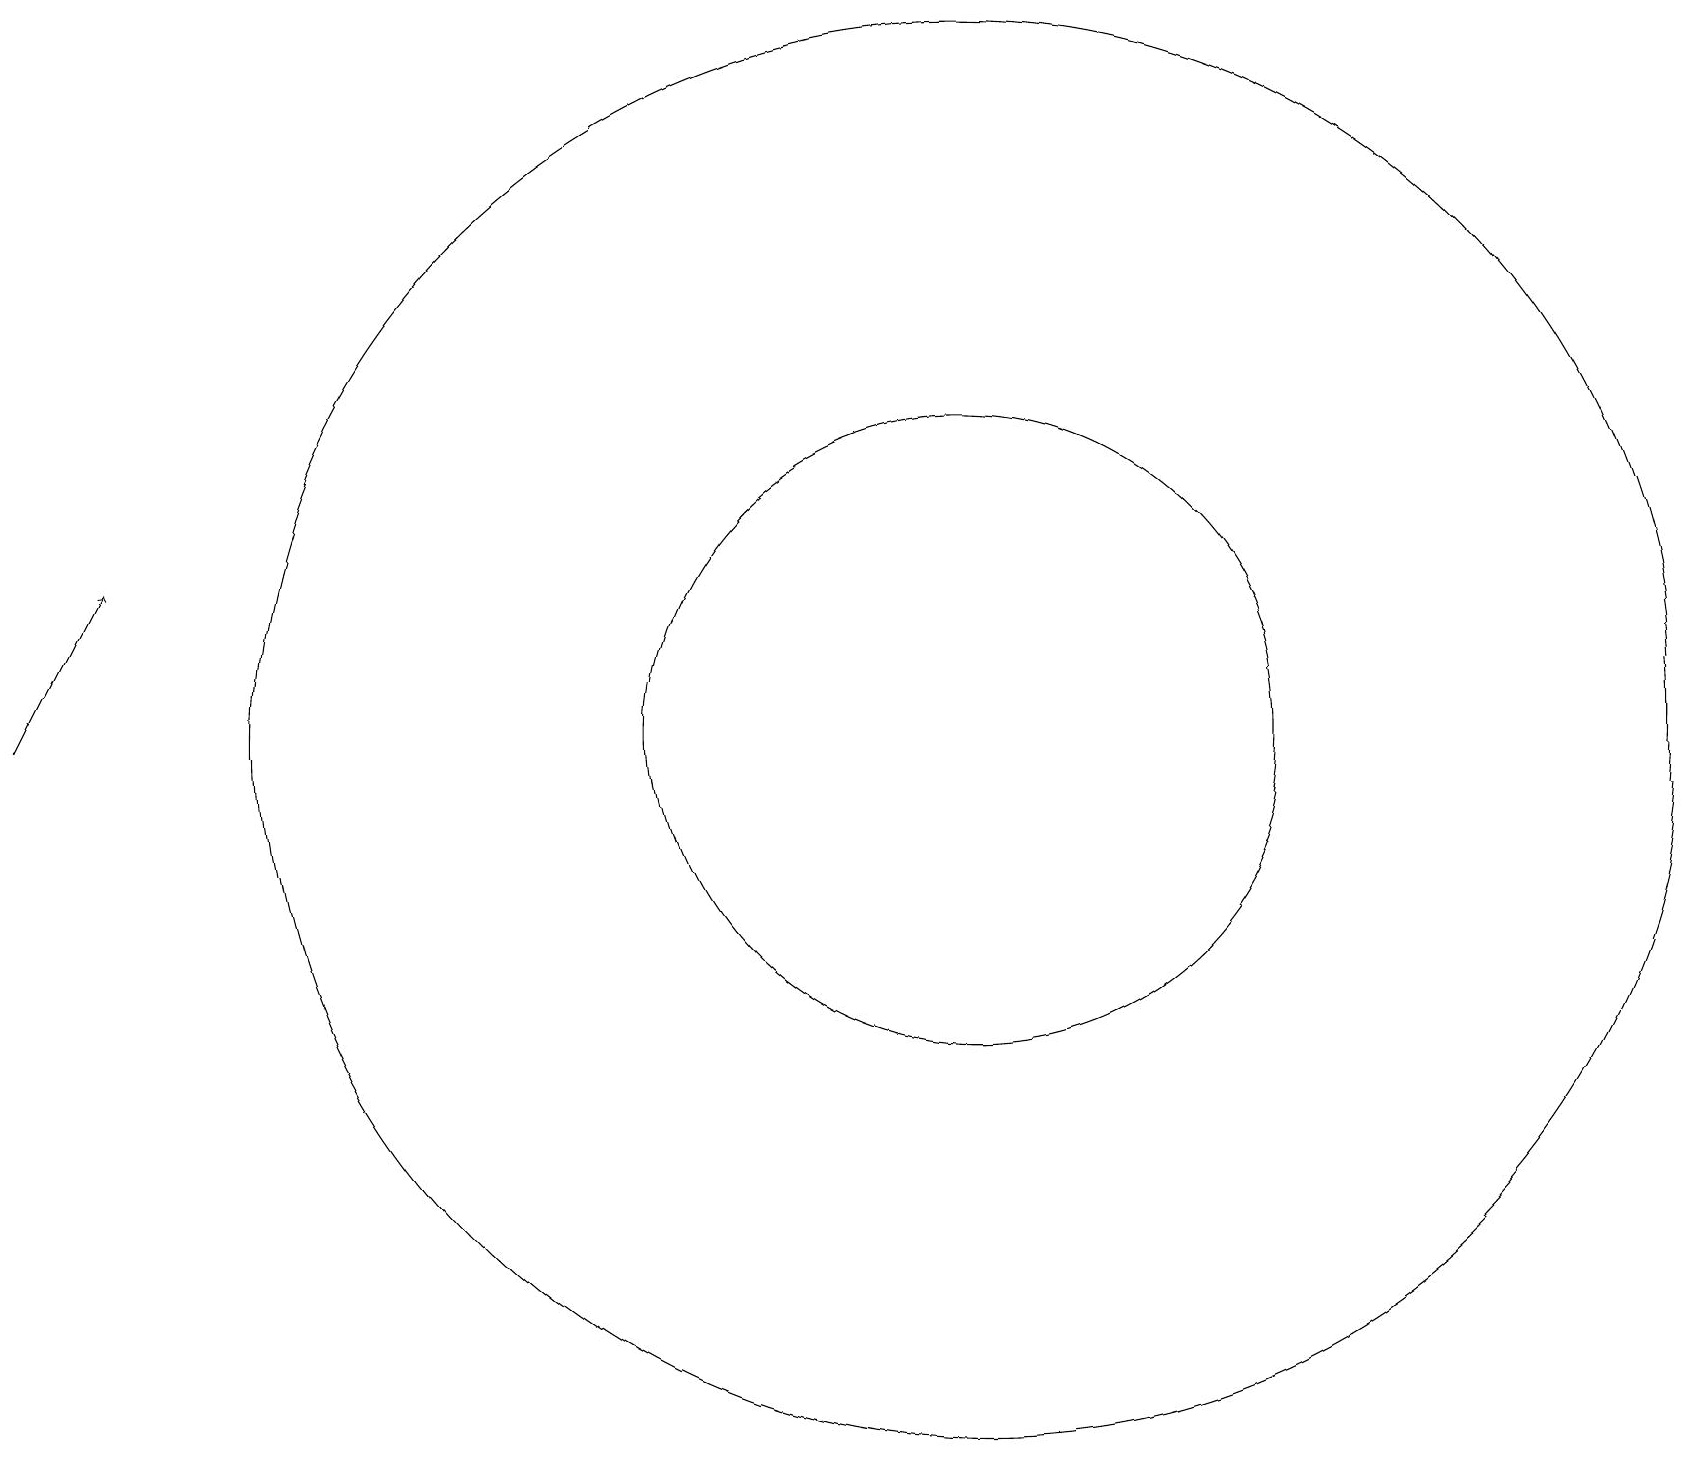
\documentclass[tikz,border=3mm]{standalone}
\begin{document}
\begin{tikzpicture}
\draw (12,12) circle (9);
\draw[->] (0,12) -- (1,14);
\draw (12,12) circle (4);
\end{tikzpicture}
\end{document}